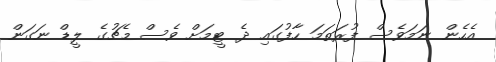
އެހެން ނަމަވެސް ފުރަތަމަ ހާފުގައި ދެ ޓީމަށް ވެސް މެޗުގެ ލީޑް ނަގަން